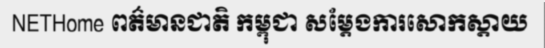
NETHome ពត៌មានជាតិ កម្ពុជា សម្តែងការសោកស្តាយ